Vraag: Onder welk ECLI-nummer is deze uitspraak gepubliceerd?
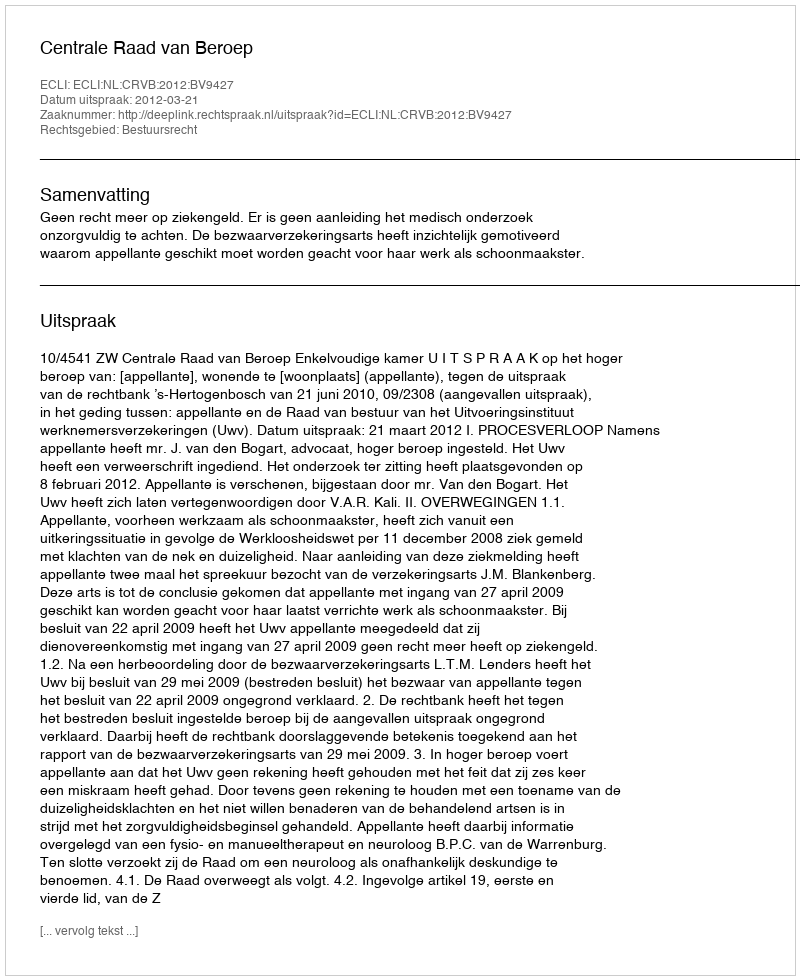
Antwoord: ECLI:NL:CRVB:2012:BV9427